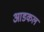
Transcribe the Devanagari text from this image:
आडकल